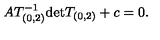
A T _ { ( 0 , 2 ) } ^ { - 1 } \mathrm { d e t } T _ { ( 0 , 2 ) } + c = 0 .